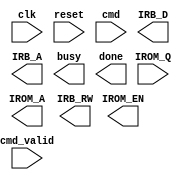
module LCD_CTRL(clk, reset, IROM_Q, cmd, cmd_valid, IROM_EN, IROM_A, IRB_RW, IRB_D, IRB_A, busy, done);
input clk;
input reset;
input [7:0] IROM_Q;
input [2:0] cmd;
input cmd_valid;
output IROM_EN;
output [5:0] IROM_A;
output IRB_RW;
output [7:0] IRB_D;
output [5:0] IRB_A;
output busy;
output done;

endmodule